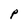
Character: p